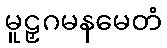
မူဠှဂမနမေတံ